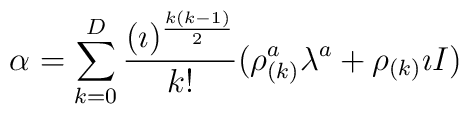
\alpha = \sum_{k=0}^{D}{ (\imath)^{k(k-1) \over 2} \over k!} ( \rho^{a}_{(k)}\lambda^{a} + \rho_{(k)} \imath I )